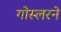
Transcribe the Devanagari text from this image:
गोस्लरने